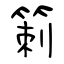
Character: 箣